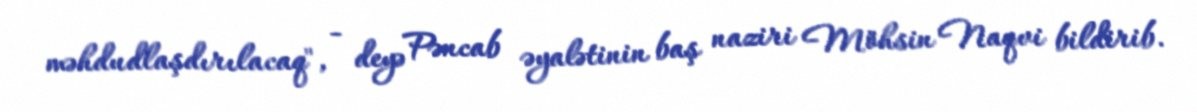
məhdudlaşdırılacaq", - deyə Pəncab əyalətinin baş naziri Möhsin Naqvi bildirib.